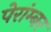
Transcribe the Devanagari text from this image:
पेरांम्बर